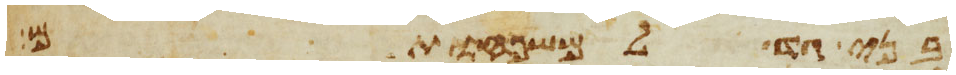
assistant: בני גד למשפחותם